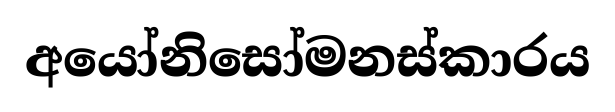
අයෝනිසෝමනස්කාරය